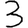
Digit: 3